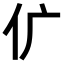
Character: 𠆲